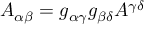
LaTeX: A _ { \alpha \beta } = g _ { \alpha \gamma } g _ { \beta \delta } A ^ { \gamma \delta }